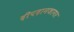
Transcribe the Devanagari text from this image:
दीपदानजागर